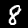
Digit: 8